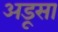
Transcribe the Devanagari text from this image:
अडूसा